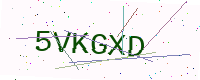
Text: 5VKGXD